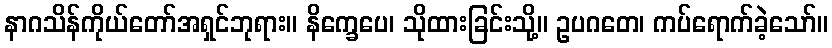
နာဂသိန်ကိုယ်တော်အရှင်ဘုရား။ နိက္ခေပေ၊ သိုထားခြင်းသို့။ ဥပဂတေ၊ ကပ်ရောက်ခဲ့သော်။